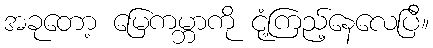
အခုတော့ မြေကမ္ဘာကို ငုံ့ကြည့်နေလေပြီ။